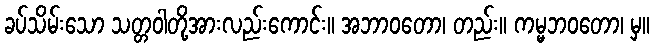
ခပ်သိမ်းသော သတ္တဝါတို့အားလည်းကောင်း။ အဘာဝတော၊ တည်း။ ကမ္မဘဝတော၊ မှ။